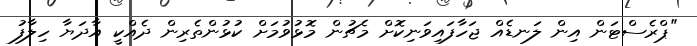
"ޕްރެސްޓަން އިން ލަނޑެއް ޖަހާފައިވަނިކޮށް މެޗުން މޮޅުވުމަށް ކުޅުންތެރިން ދެއްކީ އާދަޔާ ހިލާފު